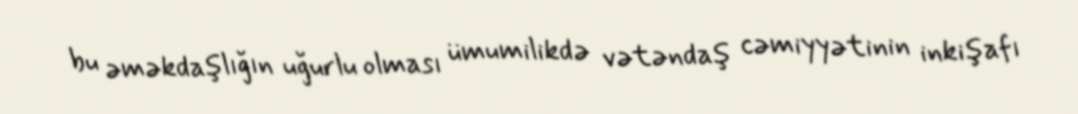
bu əməkdaşlığın uğurlu olması ümumilikdə vətəndaş cəmiyyətinin inkişafı